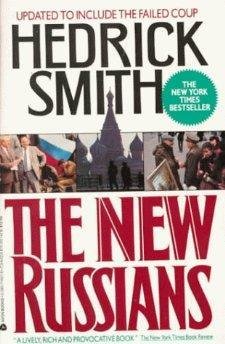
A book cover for Shaker Heritage Guidebook: Exploring the Historic Sites, Museums & Collections; Stuart Murray; Christian Books & Bibles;